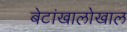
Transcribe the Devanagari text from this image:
बेटांखालोखाल